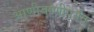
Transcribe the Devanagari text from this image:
आणीबाणीपर्यंत